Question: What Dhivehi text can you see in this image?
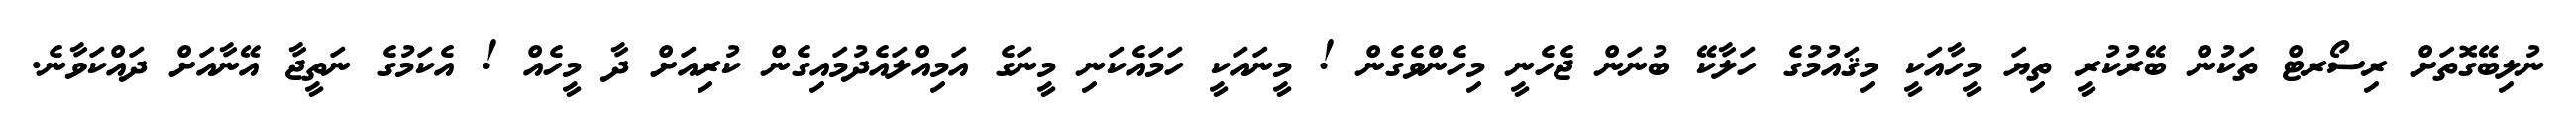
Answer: ނުލިބޭގޮތަށް ރިސޯރޓް ތަކުން ބޭރުކުރީ ތިޔަ މީހާއަކީ މިޤައުމުގެ ހަލާކޭ ބުނަން ޖެހެނީ މިހެންވެގެން ! މީނައަކީ ހަމައެކަނި މީނަގެ އަމިއްލައެދުމައިގެން ކުރިއަށް ދާ މީހެއް ! އެކަމުގެ ނަތީޖާ އޭނާއަށް ދައްކަވާނެ.